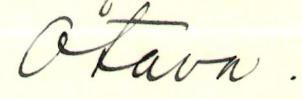
Otava.